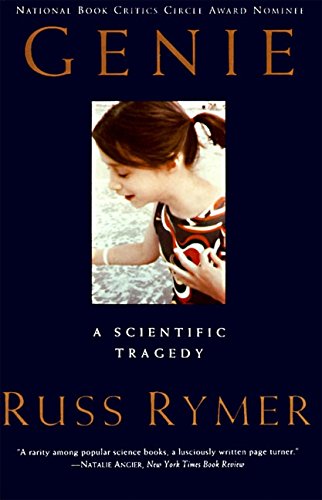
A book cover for Genie: A Scientific Tragedy; Russ Rymer; Self-Help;